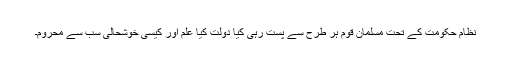
نظام حکومت کے تحت مسلمان قوم ہر طرح سے پست رہی کیا دولت کیا علم اور کیسی خوشحالی سب سے محروم۔